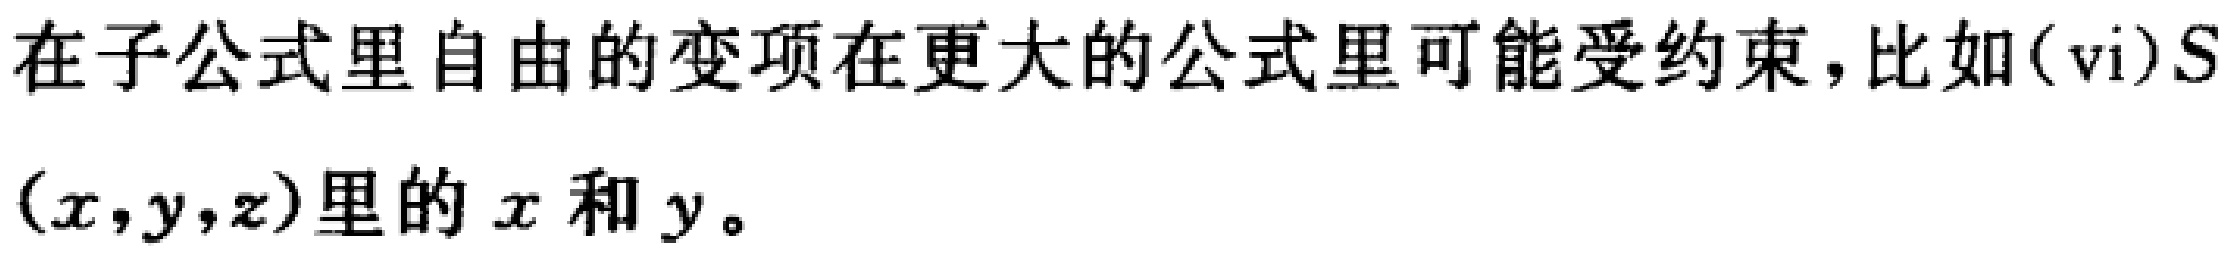
在子公式里自由的变项在更大的公式里可能受约束，比如(vi)$S(x,y,z)$里的$x$和$y$。